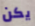
يكن